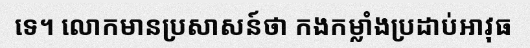
ទេ។ លោកមានប្រសាសន៍ថា កងកម្លាំងប្រដាប់អាវុធ